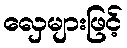
လှေများဖြင့်